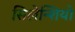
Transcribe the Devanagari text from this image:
सिलेन्शियो